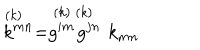
LaTeX: \stackrel { ( k ) \; \; } { k ^ { m n } } = \stackrel { ( k ) } { g ^ { i m } } \stackrel { ( k ) \; \; } { g ^ { j n } } k _ { m n }